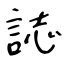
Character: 誌